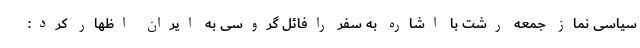
سیاسی نماز جمعه رشت با اشاره به سفر رافائل گروسی به ایران اظهار کرد: